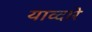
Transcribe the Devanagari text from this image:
याव्दारे